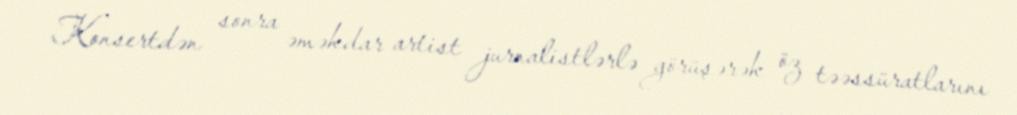
Konsertdən sonra əməkdar artist jurnalistlərlə görüşərək öz təəssüratlarını